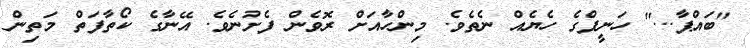
"ބައްޕާ..." ހަނީފްގެ ހެޔެއް ނެތެވެ. މިންހާއަށް ރޮވެން ފެށުނެވެ. އޭނާގެ ކޯތާފަތް މަތިން